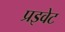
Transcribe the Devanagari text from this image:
प्रइवेट